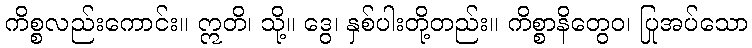
ကိစ္စလည်းကောင်း။ ဣတိ၊ သို့။ ဒွေ၊ နှစ်ပါးတို့တည်း။ ကိစ္စာနိတွေဝ၊ ပြုအပ်သော